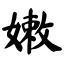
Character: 嫩